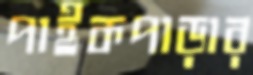
পাইকপাড়ার